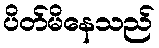
ပိတ်မိနေသည်